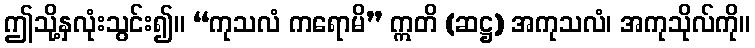
ဤသို့နှလုံးသွင်း၍။ “ကုသလံ ကရောမိ” ဣတိ (ဆဋ္ဌ) အကုသလံ၊ အကုသိုလ်ကို။